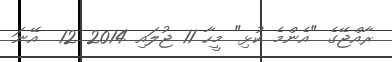
ރާއްޖޭގެ "އެންމެ ކުޅި" މީހާ 11 ޖުލައި 2014 12  އޭނަ